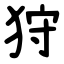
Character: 狩